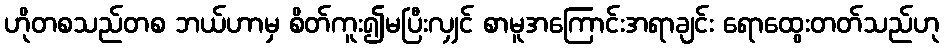
ဟိုတစသည်တစ ဘယ်ဟာမှ စိတ်ကူး၍မပြီးလျှင် စာမူအကြောင်းအရာချင်း ရောထွေးတတ်သည်ဟု